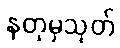
နတုမှသုတ်